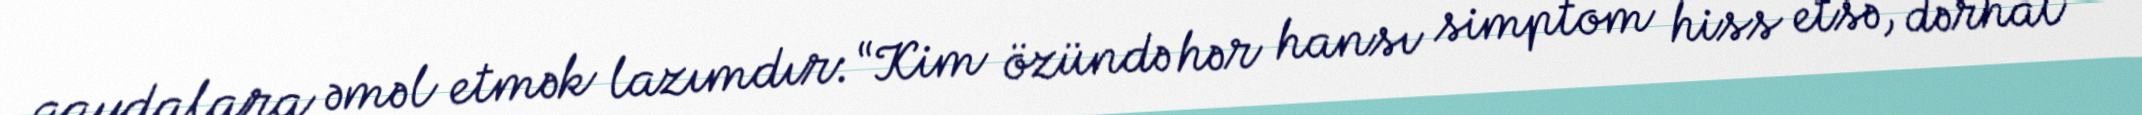
qaydalara əməl etmək lazımdır: “Kim özündə hər hansı simptom hiss etsə, dərhal